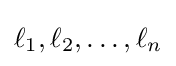
\ell _{1},\ell _{2},\ldots ,\ell _{n}